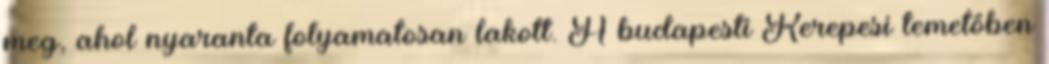
meg, ahol nyaranta folyamatosan lakott. A budapesti Kerepesi temetőben